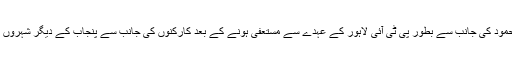
دوسری جانب بلدیاتی انتخابات میں شکست کے بعد شفقت محمود کی جانب سے بطور پی ٹی آئی لاہور کے عہدے سے مستعفی ہونے کے بعد کارکنوں کی جانب سے پنجاب کے دیگر شہروں کے آرگنائزرز سے مستعفی ہونے کا مطالبہ کیا جا رہا ہے۔